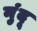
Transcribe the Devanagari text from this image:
नुंदू